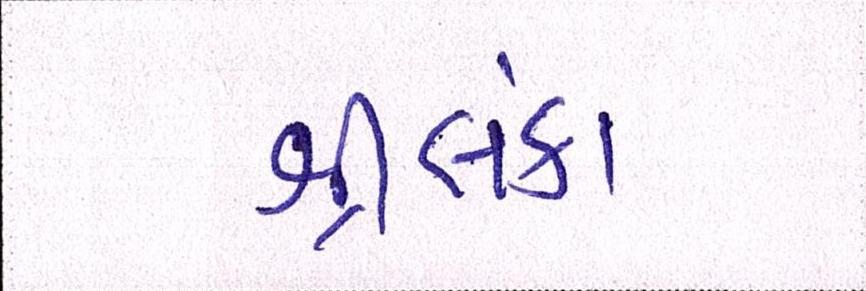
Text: શ્રીલંકા